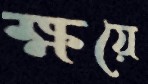
ক্ষয়ে